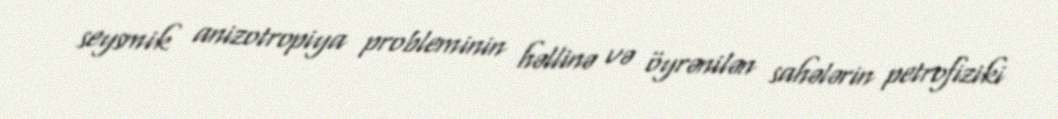
seysmik anizotropiya probleminin həllinə və öyrənilən sahələrin petrofiziki